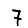
Digit: 7